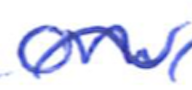
Text: on
Cross-out: wave
Writing tool: ballpoint